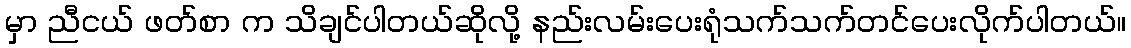
မှာ ညီငယ် ဖတ်စာ က သိချင်ပါတယ်ဆိုလို့ နည်းလမ်းပေးရုံသက်သက်တင်ပေးလိုက်ပါတယ်။